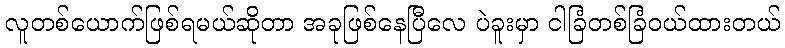
လူတစ်ယောက်ဖြစ်ရမယ်ဆိုတာ အခုဖြစ်နေပြီလေ ပဲခူးမှာ ငါခြံတစ်ခြံဝယ်ထားတယ်